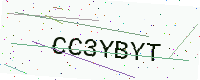
Text: CC3YBYT